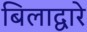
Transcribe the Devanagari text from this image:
बिलाद्वारे